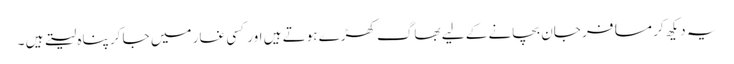
یہ دیکھ کر مسافر جان بچانے کے لیے بھاگ کھڑے ہوتے ہیں اور کسی غار میں جا کر پناہ لیتے ہیں ۔